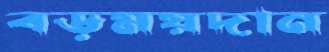
বড়ময়দান